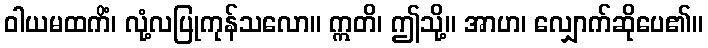
ဝါယမထကိံ၊ လုံ့လပြုကုန်သလော။ ဣတိ၊ ဤသို့။ အာဟ၊ လျှောက်ဆိုပေ၏။